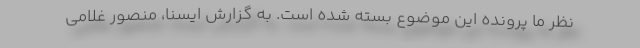
نظر ما پرونده این موضوع بسته شده است. به گزارش ایسنا، منصور غلامی